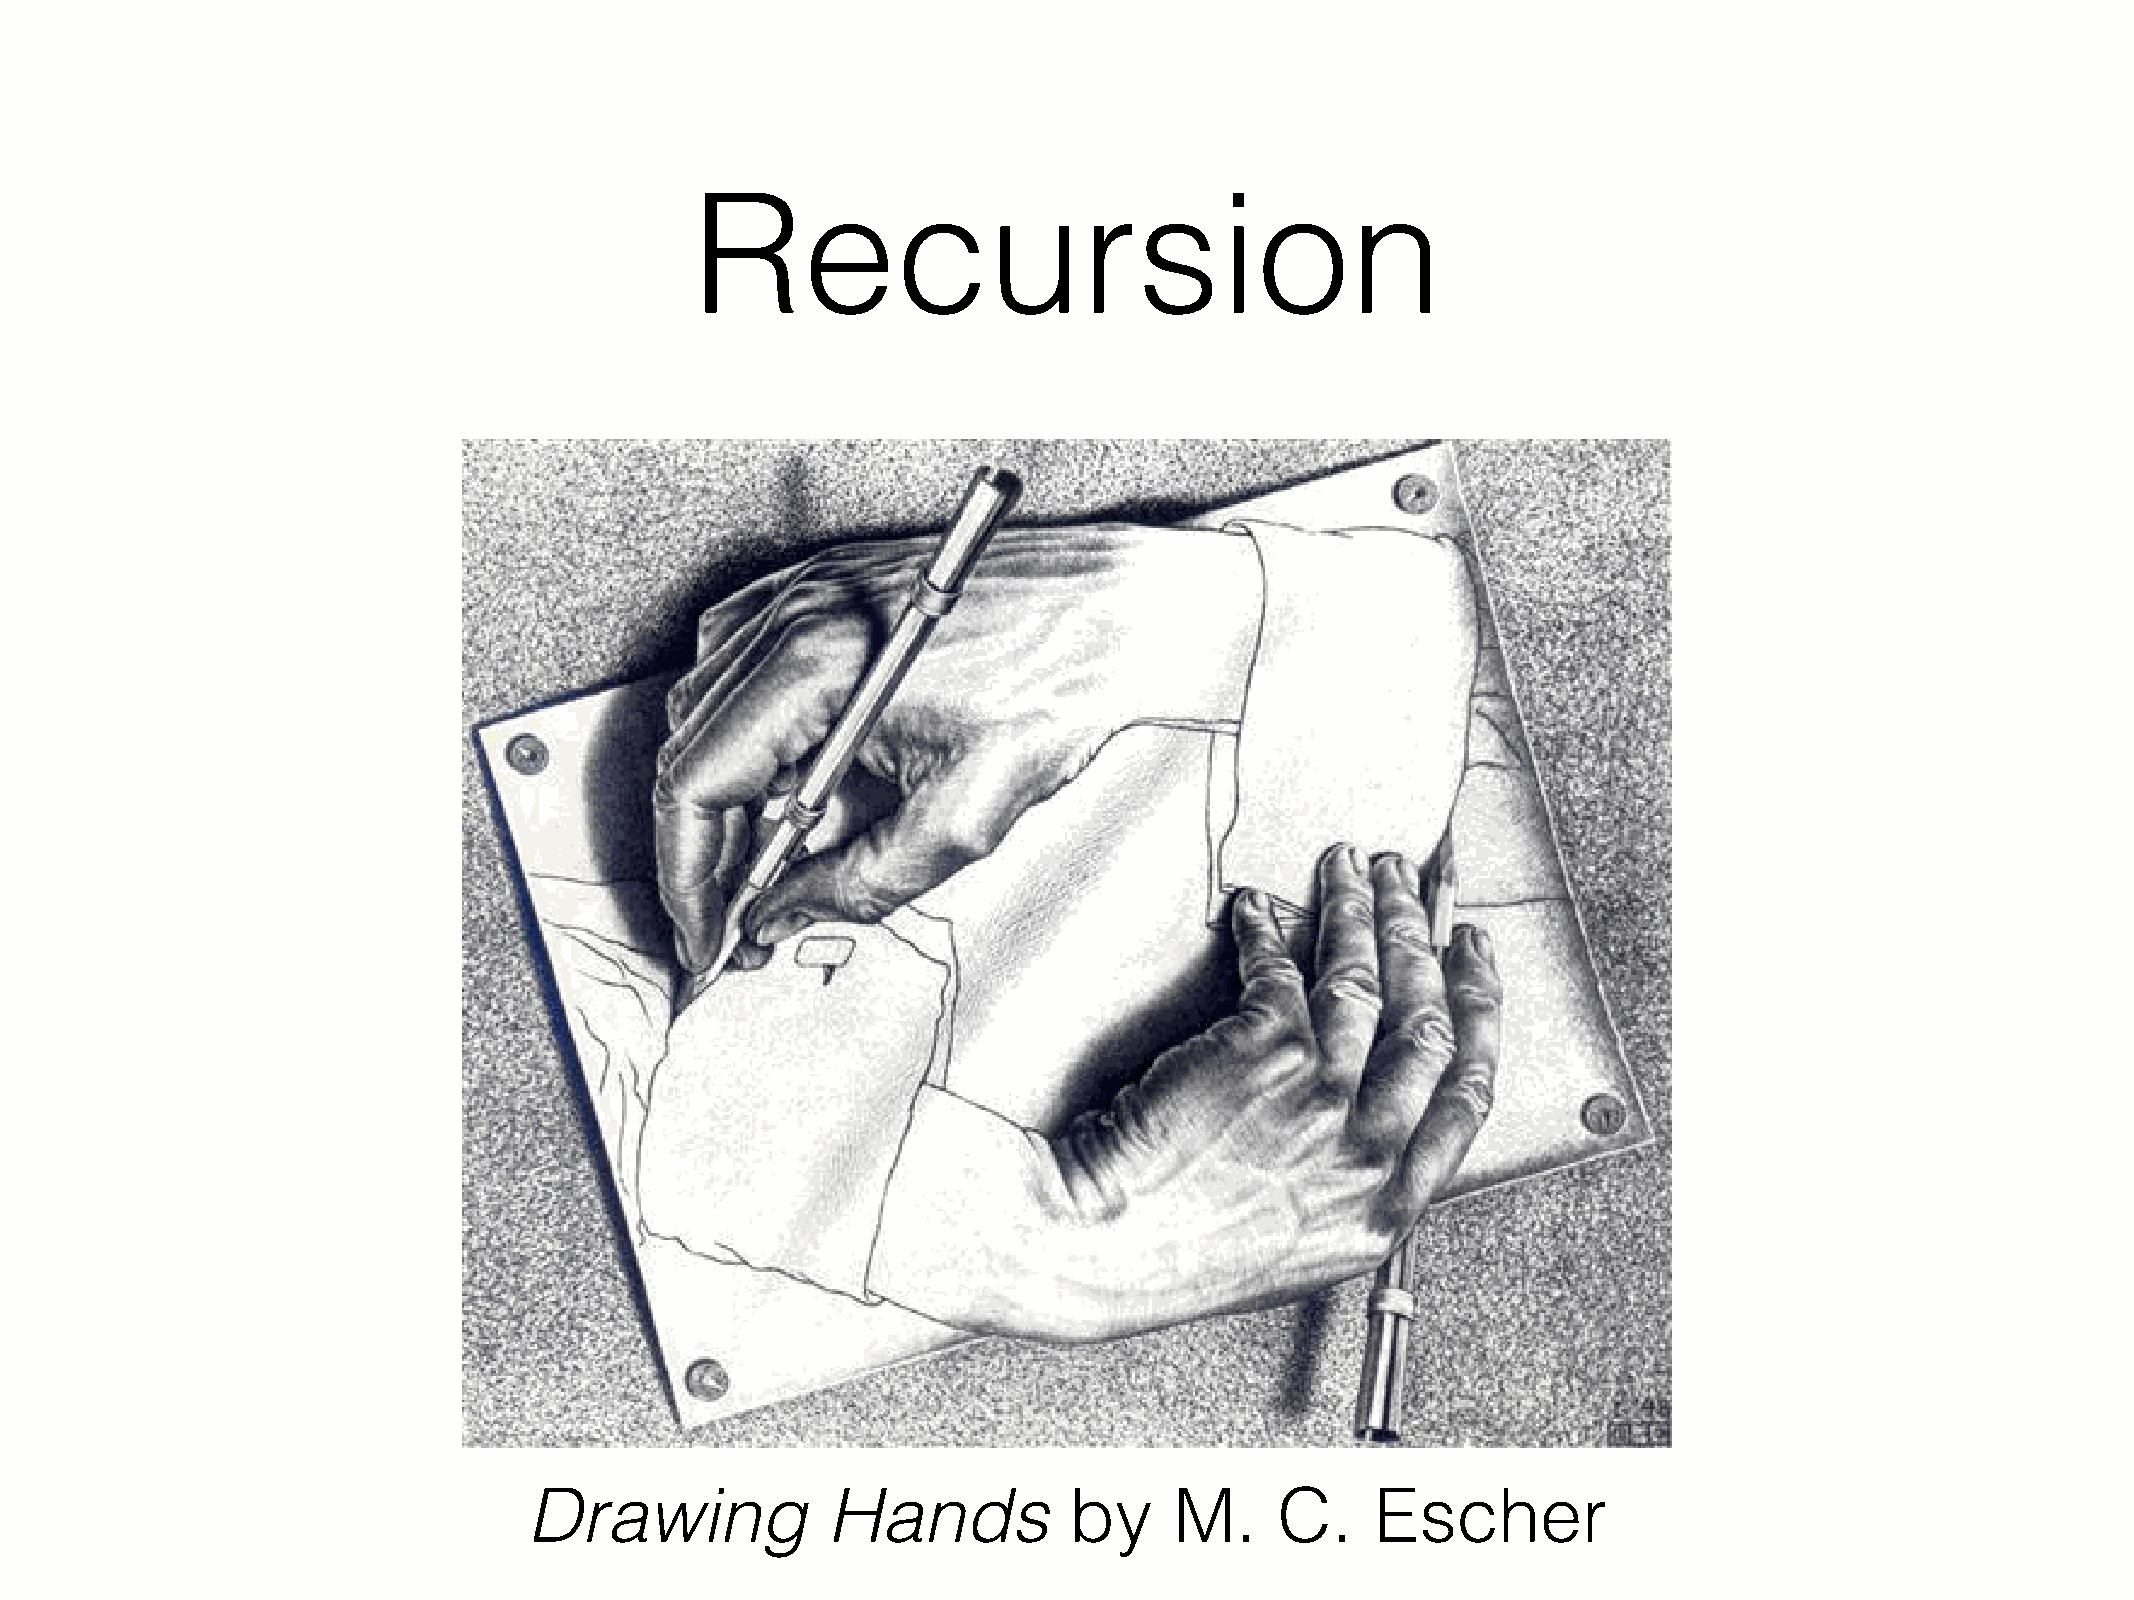
Recursion
 Drawing             Hands           by     M.     C.    Escher